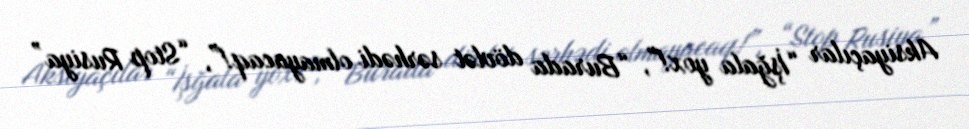
Aksiyaçılar “İşğala yox!”, “Burada dövlət sərhədi olmayacaq!”, “Stop Rusiya”